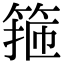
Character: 箍